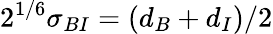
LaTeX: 2^{1/6}\sigma_{BI}=(d_{B}+d_{I})/2